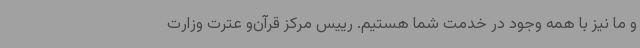
و ما نیز با همه وجود در خدمت شما هستیم. رییس مرکز قرآن‌و عترت وزارت